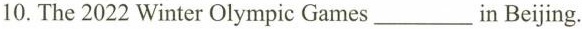
10.The 2022 Winter Olympic Games\underlinein Beijing.